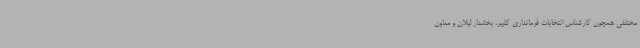
مختلفی همچون کارشناس انتخابات فرمانداری کلیبر، بخشدار لیلان و معاون